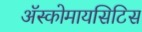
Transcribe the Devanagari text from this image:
अॅस्कोमायसिटिस